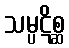
သမ္ပဋိစ္ဆ